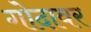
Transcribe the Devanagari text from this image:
गोदावर